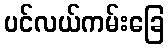
ပင်လယ်ကမ်းခြေ